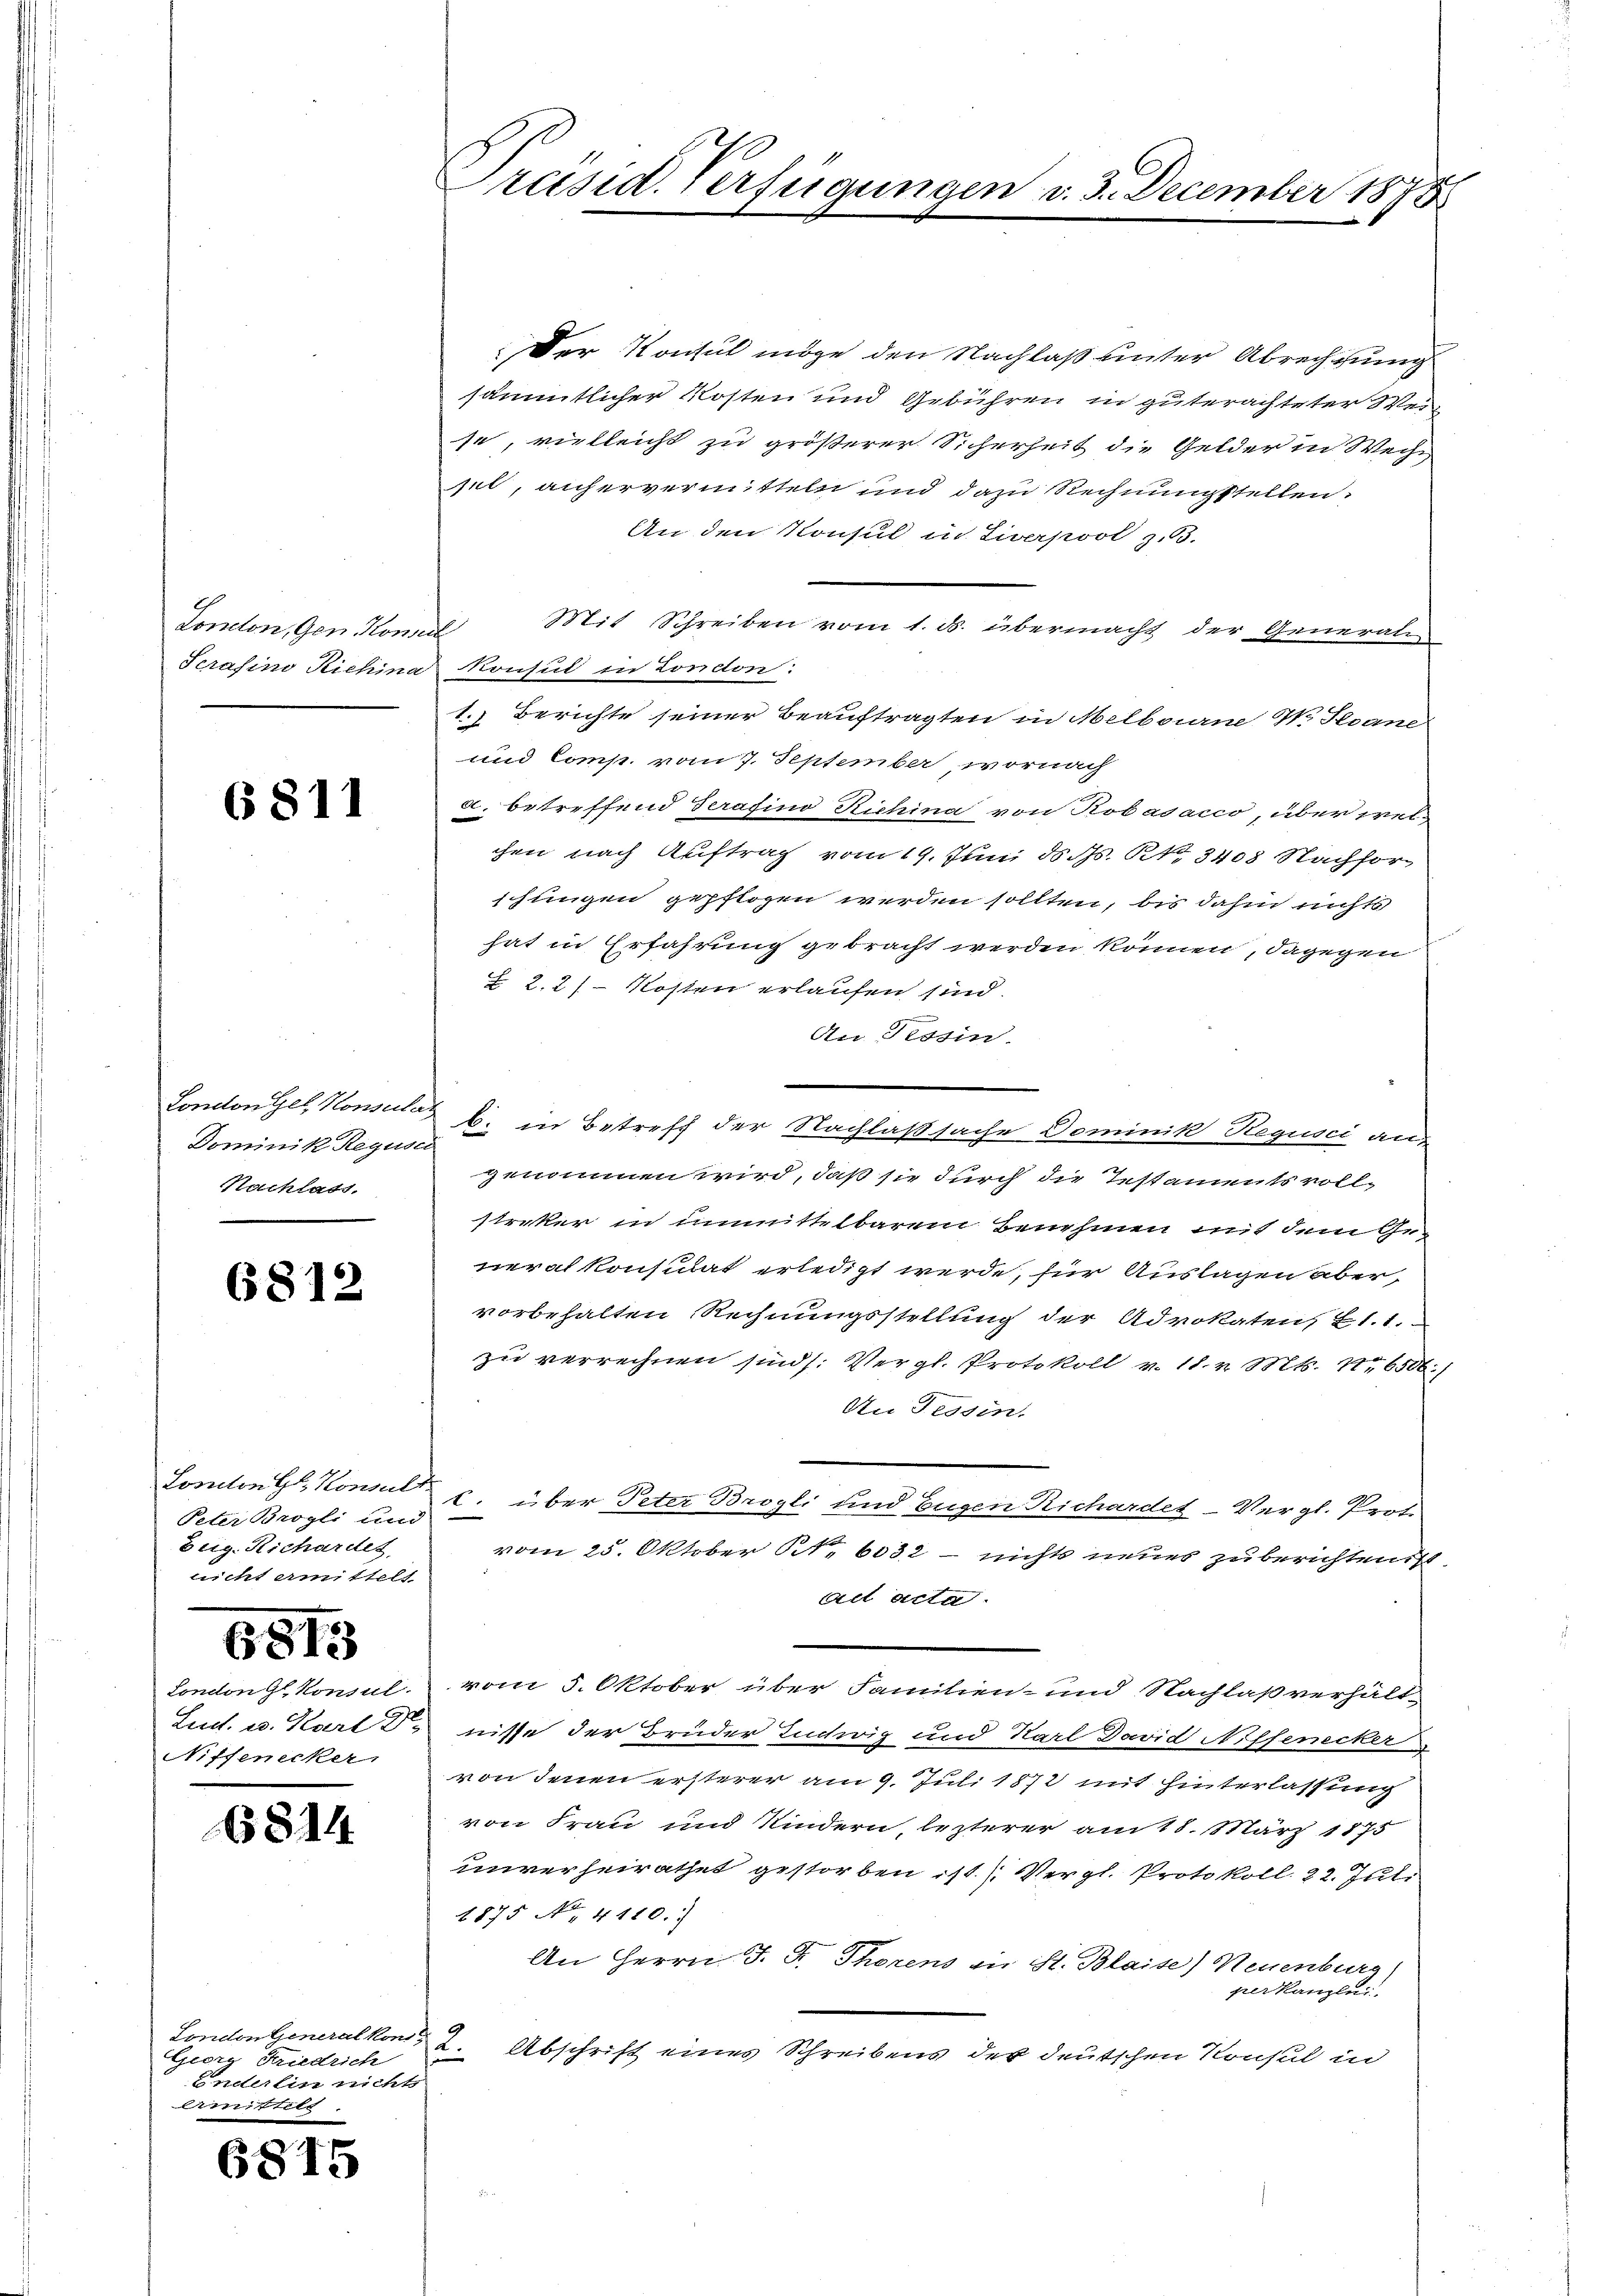
Ponton, Gen. Konsen
Serasino Richina

6811

London Gel, Konsular
Dominik Regusc
Nachlass.

6812

Loniton G. Konsult
Peter Brogli und
Zeig. Richardes,
lecht amttelt

6813

London gl. Konsul
Lud. u. Karl D.
Niffenecker

6814

London Generalkons
Geier, Friedrich
Enderlin nicht
emittelt.

6815

Präsid. Verfügungen v. 3. December 1898

Der Konsul möge den Nachlaß unter Abrechnung
sämmtlicher Kosten und Gebühren in guterachteter Wei
se, vielleicht zu größerer Sicherheit die Gelder in Wechs
jet, anhervermitteln und dazu Rechnungstellen.
An den Konsul in Siverpool z.B.
Mit Schreiben vom 1. ds. übermacht der General
Konsul in London.
1.) Berichte seiner Beauftragten in Melbourne W. Stand
und Comp. vom 7. September, wornach
a. betreffend Terasino Richina von Robadacco, über welchen nach Auftrag vom 19. Juni d. M. R. 3408 Nachforschungen gepflogen werden sollten, bis dahin nichts
hat in Erfahrung gebracht werden können, dagegen
 2.2) Kosten erlaufen sind.
An Tessin.
genommen wird, daß sie durch die Testaments voll-
streker in unmittelbarem Benehmen mit dem Generalkonsulat erledigt werde, für Auslagen aber,
vorbehalten Rechnungsstellung der Advokaten, 21.1.
zu verrechnen sind /: Vergl. Protokoll v. 18. v. Mts. No 6500:)
An Tessin.
C. über Peter Brogli und Eugen Richardet-Vergl. Prof
vom 25. Oktober 1. 6032 - nichts neues zuberichtens
Act acta.
vom 5. Oktober über Familien- und Nachlaß verhält-
nisse der Bruder Ludwig und Karl David Niffenecker
von denen ersterer am 9. Juli 1872 mit Hinterlassung
von Frau und Kindern, lezterer am 18. März 1875
unverheirathet gestorben ist. Vergl. Protokoll. 22. Juli
1875 No. 4110.)
An Herrn J. G. Thorens in St. Blaise) Neuenburg)
perkanzli
2. Abschrift eines Schreibens der deutschen Konsul in

6. in Betreff der Nachlaßsache Dominik Regusci an¬